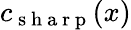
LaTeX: c_{\mathrm{~s~h~a~r~p~}}(x)